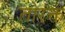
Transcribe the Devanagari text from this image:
तोरक्त